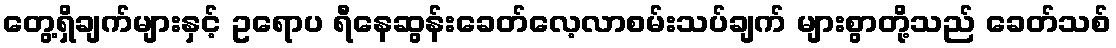
တွေ့ရှိချက်များနှင့် ဥရောပ ရီနေဆွန်းခေတ်လေ့လာစမ်းသပ်ချက် များစွာတို့သည် ခေတ်သစ်